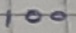
Text: 100